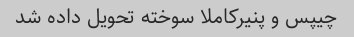
چیپس و پنیر‌کاملا سوخته تحویل داده شد